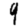
Digit: 9